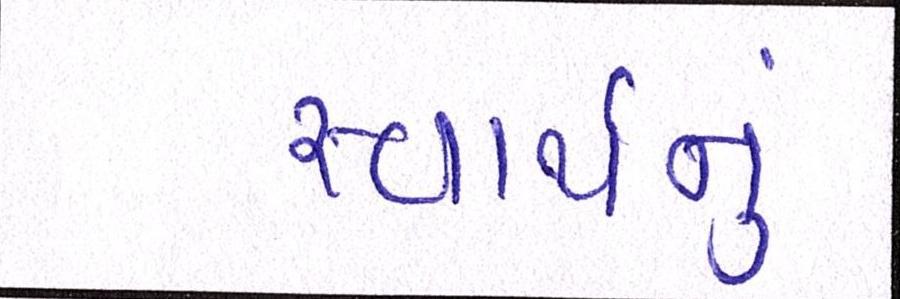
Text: સ્વાર્થનું